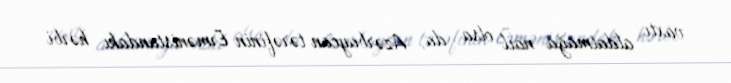
vaxtı aldatmağa nail olsa da, Azərbaycan tərəfinin Ermənistandakı hərbi